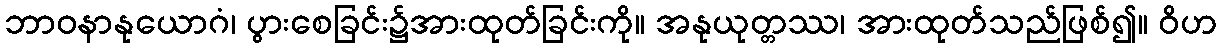
ဘာဝနာနုယောဂံ၊ ပွားစေခြင်း၌အားထုတ်ခြင်းကို။ အနုယုတ္တဿ၊ အားထုတ်သည်ဖြစ်၍။ ဝိဟ